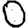
Digit: 0